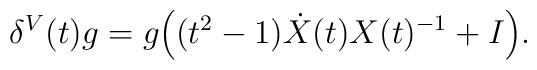
\delta^V (t) g =g \Big((t^2 - 1) \dot X (t) X (t)^{-1} + I\Big).